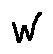
w